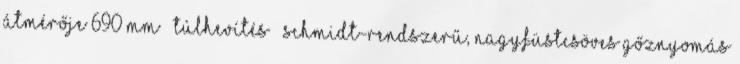
átmérője 690 mm – Túlhevítés – Schmidt-rendszerű, nagyfüstcsöves Gőznyomás